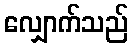
လျှောက်သည်